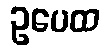
ဥပေထ